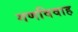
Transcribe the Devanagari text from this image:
गणविवाह